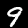
Label: 9